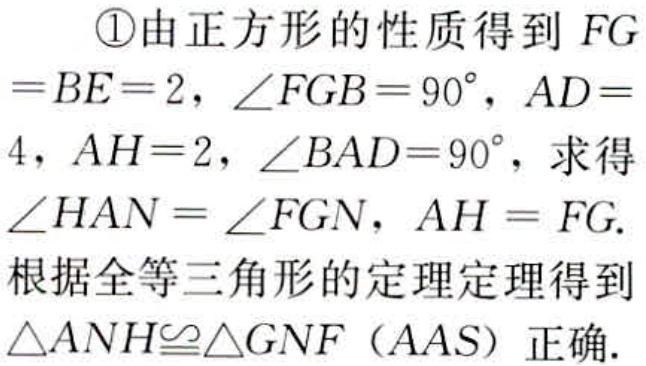
\textcircled{1}由正方形的性质得到 \(FG =BE = 2\)，\(\angle FGB = 90^{\circ}\)，\(AD = 4\)，\(AH = 2\)，\(\angle BAD = 90^{\circ}\)，求得\(\angle HAN=\angle FGN\)，\(AH = FG\). 根据全等三角形的定理定理得到\(\triangle ANH\cong\triangle GNF\)（AAS）正确.